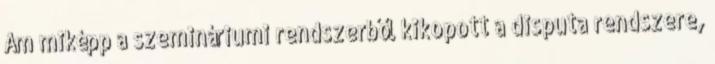
Ám miképp a szemináriumi rendszerből kikopott a disputa rendszere,